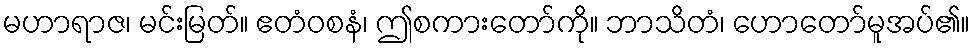
မဟာရာဇ၊ မင်းမြတ်။ ဧတံဝစနံ၊ ဤစကားတော်ကို။ ဘာသိတံ၊ ဟောတော်မူအပ်၏။